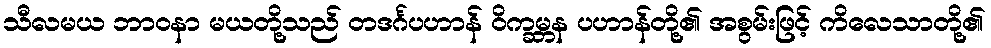
သီလမယ ဘာဝနာ မယတို့သည် တဒင်္ဂပဟာန် ဝိက္ခမ္ဘန ပဟာန်တို့၏ အစွမ်းဖြင့် ကိလေသာတို့၏